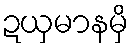
ဍယှမာနမှိ